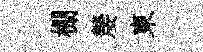
棚嫠東